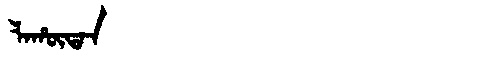
Manchu: ᠯᠠᡥᡡᡨᠠᠨ
Romanization: LAHŪTAN